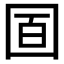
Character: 𡇚